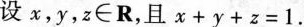
设x，y，z∈R，且x+y+z=1.